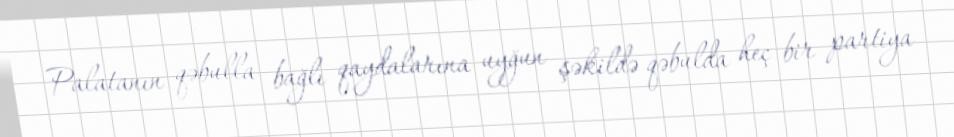
Palatanın qəbulla bağlı qaydalarına uyğun şəkildə qəbulda heç bir partiya